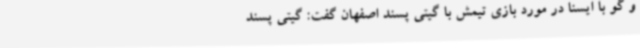
و گو با ایسنا در مورد بازی تیمش با گیتی پسند اصفهان گفت: گیتی پسند